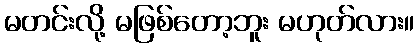
မတင်းလို့ မဖြစ်တော့ဘူး မဟုတ်လား။